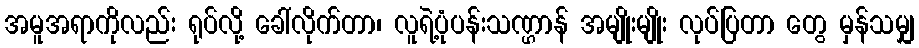
အမူအရာကိုလည်း ရုပ်လို့ ခေါ်လိုက်တာ၊ လူရဲ့ပုံပန်းသဏ္ဌာန် အမျိုးမျိုး လုပ်ပြတာ တွေ မှန်သမျှ